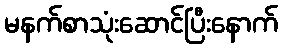
မနက်စာသုံးဆောင်ပြီးနောက်